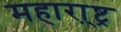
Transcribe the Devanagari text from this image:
महारा़्ष्ट्र